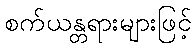
စက်ယန္တရားများဖြင့်